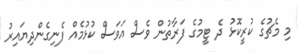
މި މެޗުގެ ކުރީކޮޅު ދެ ޓީމުގެ ފަރާތުން ވެސް އަވަސް ކުޅުމެއް ފެނިގެންދިޔައިރު